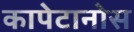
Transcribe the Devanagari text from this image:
कापेटानोस